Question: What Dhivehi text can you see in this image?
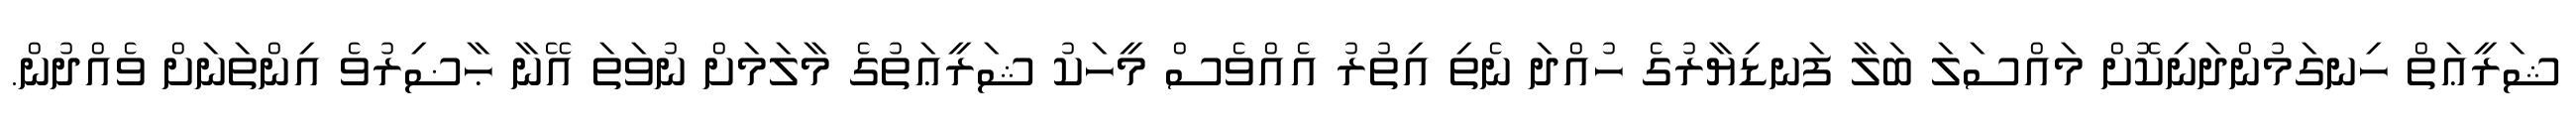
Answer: ޝަރީޢަތް ހިނގަމުންދަނިކޮށް މައްސަލަ ބަލާ ފަނޑިޔާރުގެ ހުއްދަ ނެތި އިތުރު އެއްވެސް މީހަކު ޝަރީޢަތުގެ މާލަމަށް ނުވަތަ އޭނާ ޙާޟިރުވެ އިންތަނަށް ވެއްދުން.